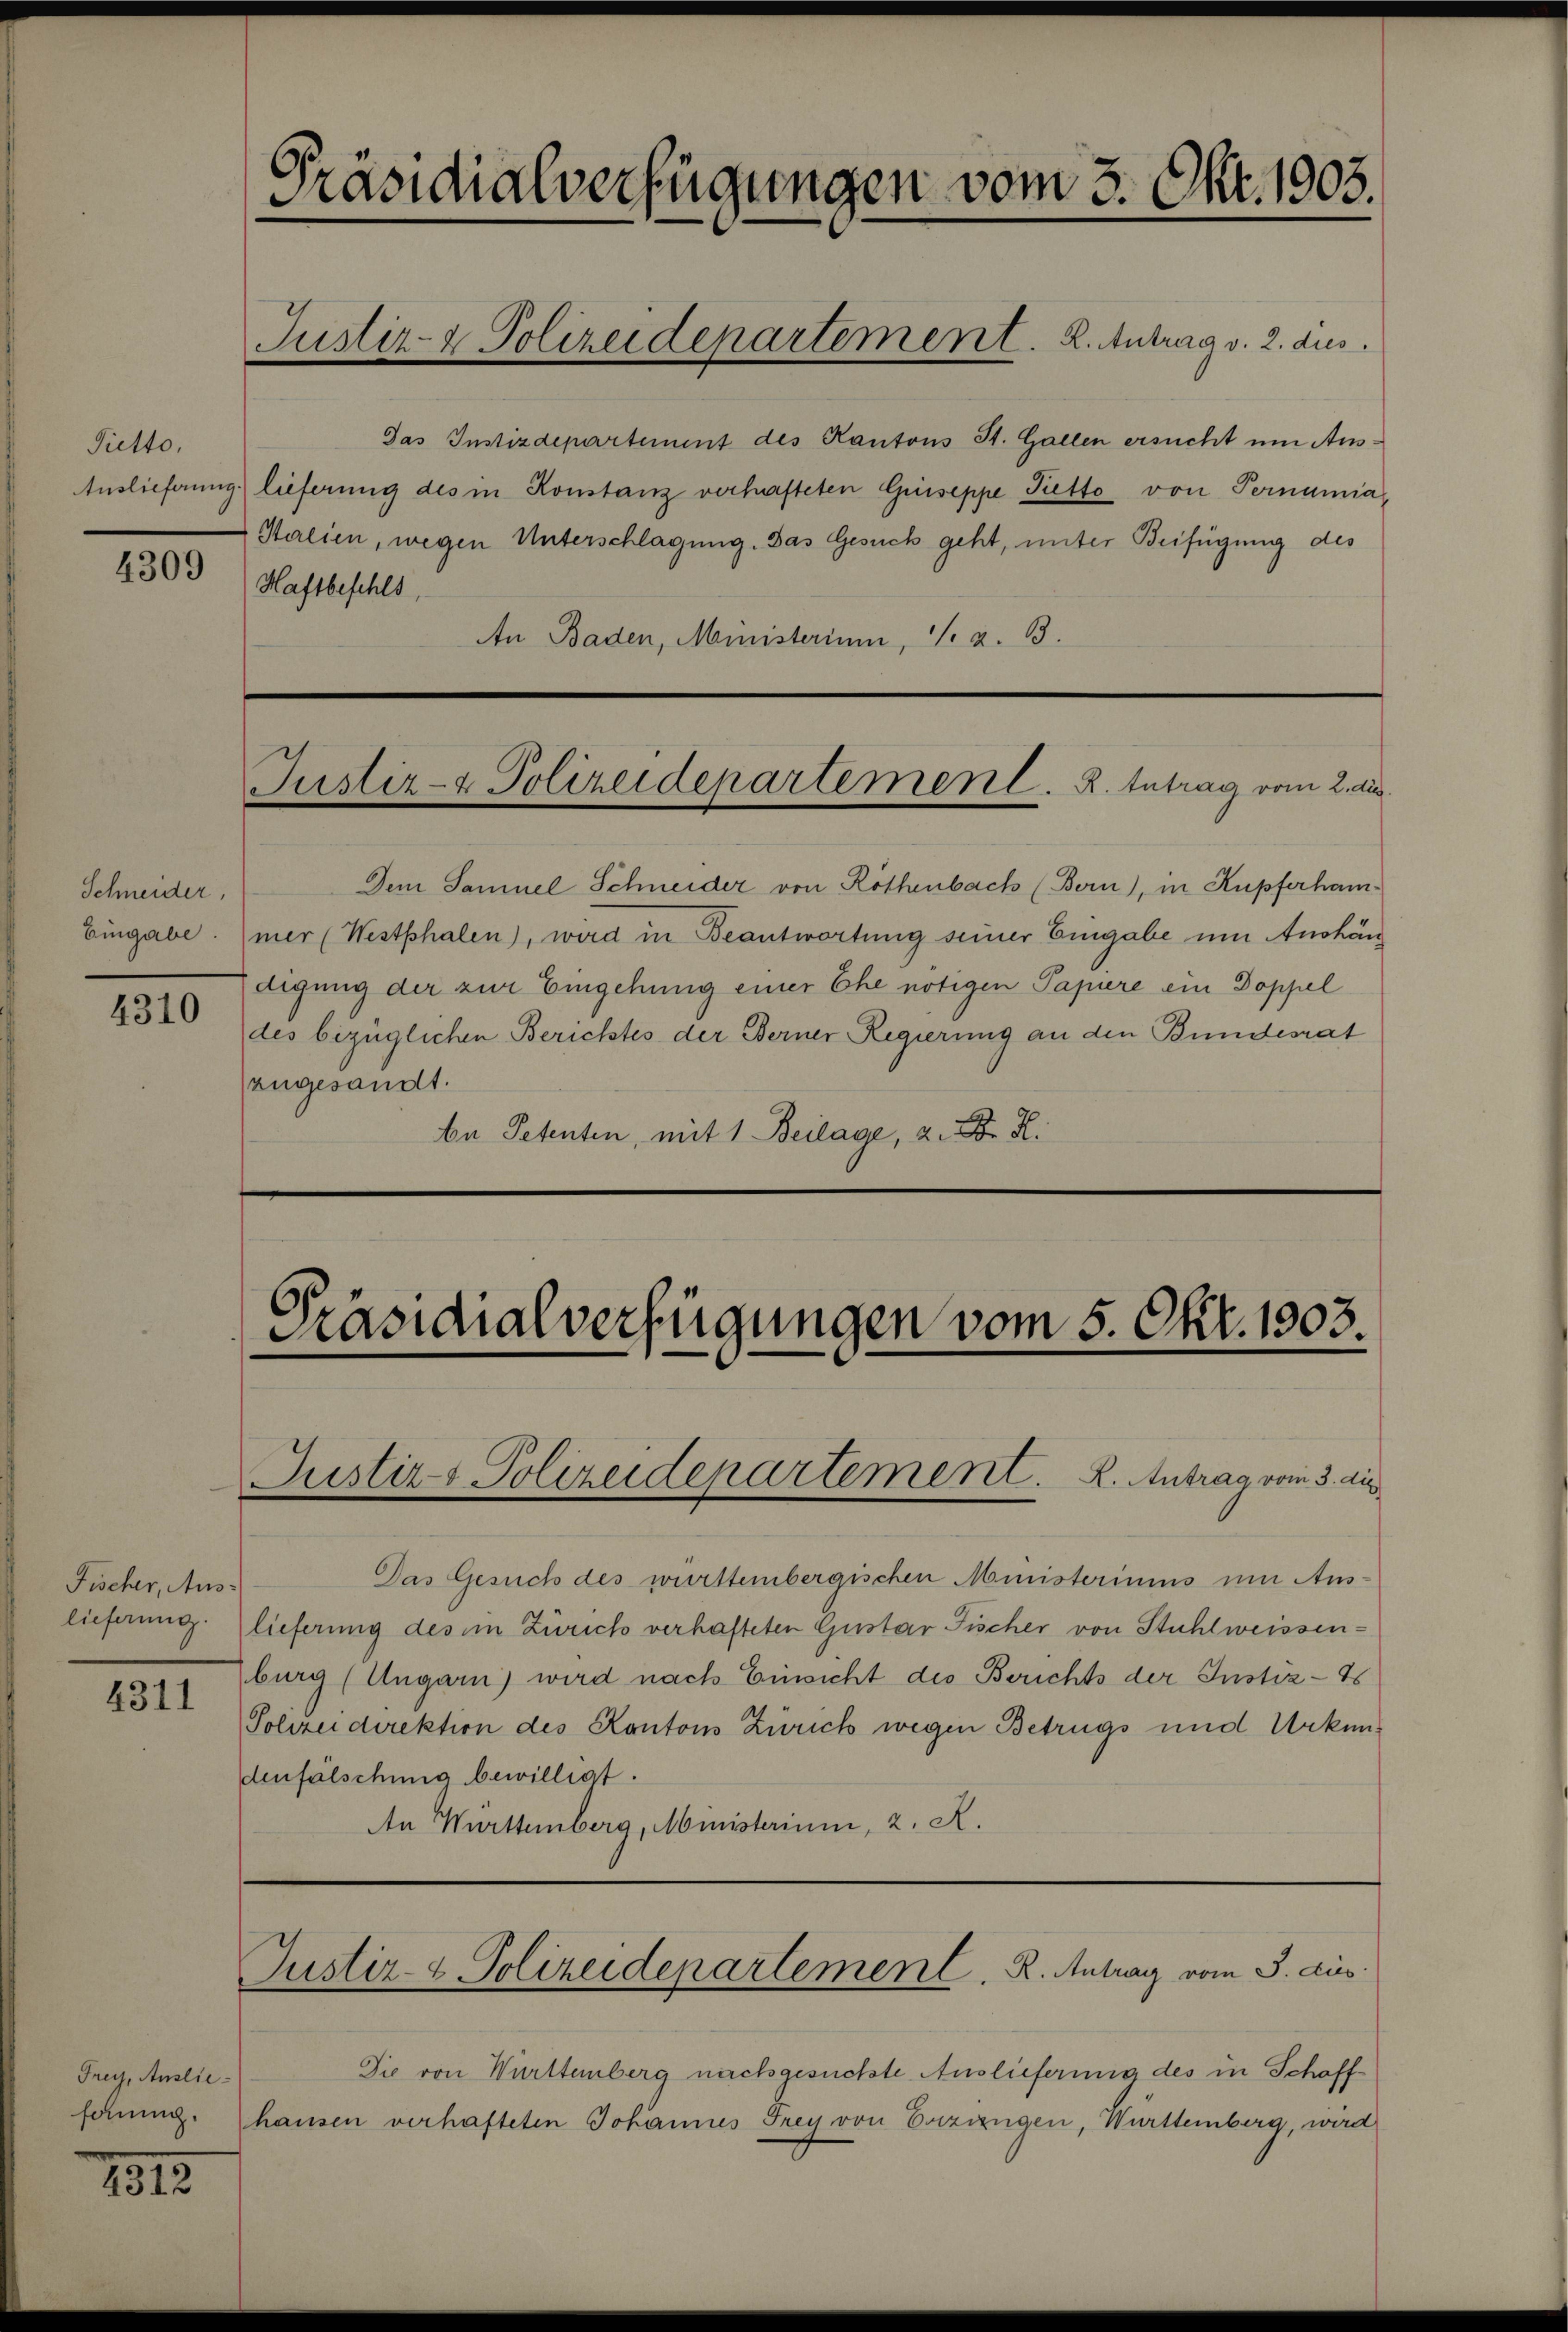
Pietto,
4309

Schneider,
4310

Fischer, Aus-

4311

Frey, Auslie¬

1812

Präsidialverfügungen vom 3. Okt. 1903.

Jas Instizdepartement des Kantons St. Gallen ersucht um Aus¬
Auslieferung lieferung des in Konstanz verhafteten Griseppe Putto von Pernamia,
 Italien, wegen Unterschlagung. Das Gesuch geht, unter Beifügung des
Haftbefehls,
An Baden, Ministerium, V. a. 13.

Justiz- & Polizeidepartement. 2. Antrag v. 2. dies

Justiz- & Polizeidepartement. R. Intrag vom 2. des

Präsidialverfügungen vom 5. Okt. 1903.

Justiz- & Polizeidepartement. K. Antrag vom 3. die

Dem Samuel Schneider von Röthenbach (Bern), in Kupferham-
Eingabe. mer (Westphalen), wird in Beantwortung seiner Eingabe um Aushän
digung der zur Eingehung einer Ehe nötigen Papiere ein Doppel
des bezüglichen Berichtes der Berner Regierung an den Bundesrat
angesandt.
be Petenten, mit 1. Beilage, 2. R.

Das Gesuch des württembergischen Ministeriums um Aus-
lieferung lieferung des in Zürich verhafteten Gustar Fischer von Stuhlweissenburg (Ungarn) wird nach Einsicht des Berichts der Justiz-T
Solizeidirektion des Kantons Zürich wegen Betrugs und Urkundenfälschung bewilligt.
An Württemberg, Ministerium, 2. A.

Justiz- & Polizeidepartement. R. Antrag vom 3. Aus

Die von Württemberg nachgesuchte Auslieferung des in Schafffohnung. (hausen verhafteten Johannes Frey von Erzizigen, Württemberg, wird